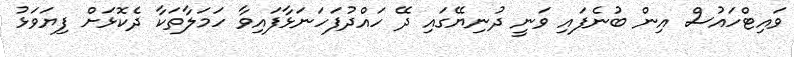
ވައިޓްހައުސް އިން ބުނެފައި ވަނީ ދުނިޔޭގައި ދޭ ހައްދުފަހަނަޅާފައިވާ ހަމަލާތަކާ ދެކޮޅަށް ފިޔަވަޅު